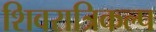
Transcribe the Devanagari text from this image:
शिवरात्रिकल्प